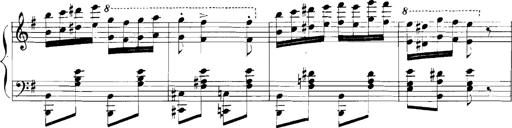
Title: Rhapsodies hongroises
Composer: Franz Liszt